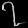
Digit: ၇